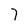
Character: 7